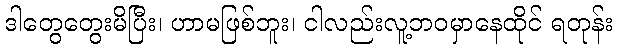
ဒါတွေတွေးမိပြီး၊ ဟာမဖြစ်ဘူး၊ ငါလည်းလူ့ဘဝမှာနေထိုင် ရတုန်း